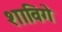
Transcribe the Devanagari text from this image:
शाविगे